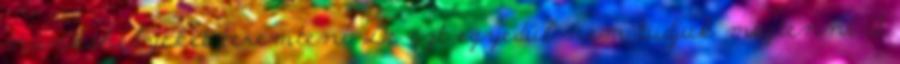
munkahelyeket teremteni De ezt egyedül nem tudjuk megtenni A